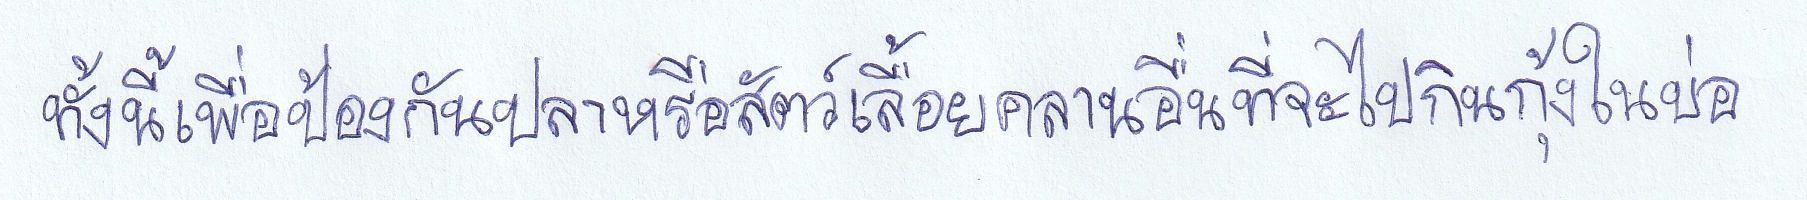
ทั้งนี้เพื่อป้องกันปลาหรือสัตว์เลื้อยคลานอื่นที่จะไปกินกุ้งในบ่อ